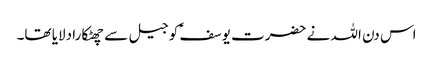
اس دن اللہ نے حضرت یوسفؑ کو جیل سے چھٹکارا دلایا تھا۔